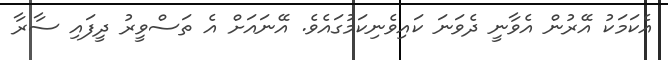
އެކަމަކު އޭރުން އެވާނީ ދެވަނަ ކައިވެނިކަމުގައެވެ. އޭނައަށް އެ ތަސްވީރު ދީފައި ސާރާ